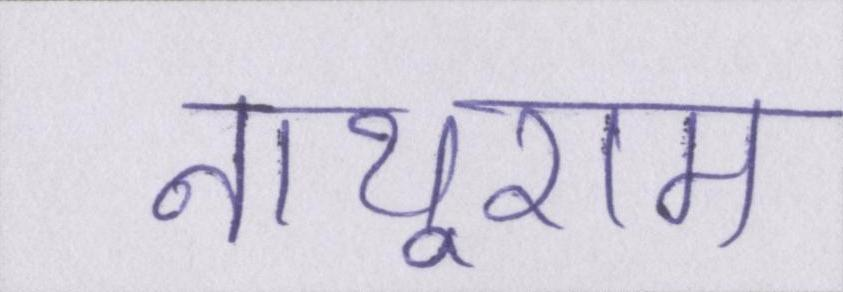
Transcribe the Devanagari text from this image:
नाथूराम